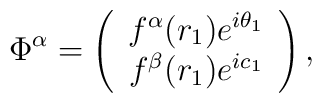
\Phi^{\alpha}=\left(\begin{array}{c} f^{\alpha}(r_{1})e^{i\theta_{1}} \\ f^{\beta}(r_{1})e^{i c_{1}} \end{array}\right),